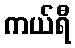
ကယ်ရီ